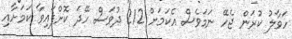
ހަވާލު ކުރަން ޖެހޭ ނަމަވެސް އެކަމަށް 212 ދުވަސް ހޭދަ ކޮށްފައިވާ ކަމަށާއި